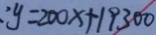
\therefore y = 2 0 0 x + 1 9 3 0 0